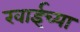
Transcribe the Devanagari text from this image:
खाईच्या